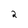
Character: 2